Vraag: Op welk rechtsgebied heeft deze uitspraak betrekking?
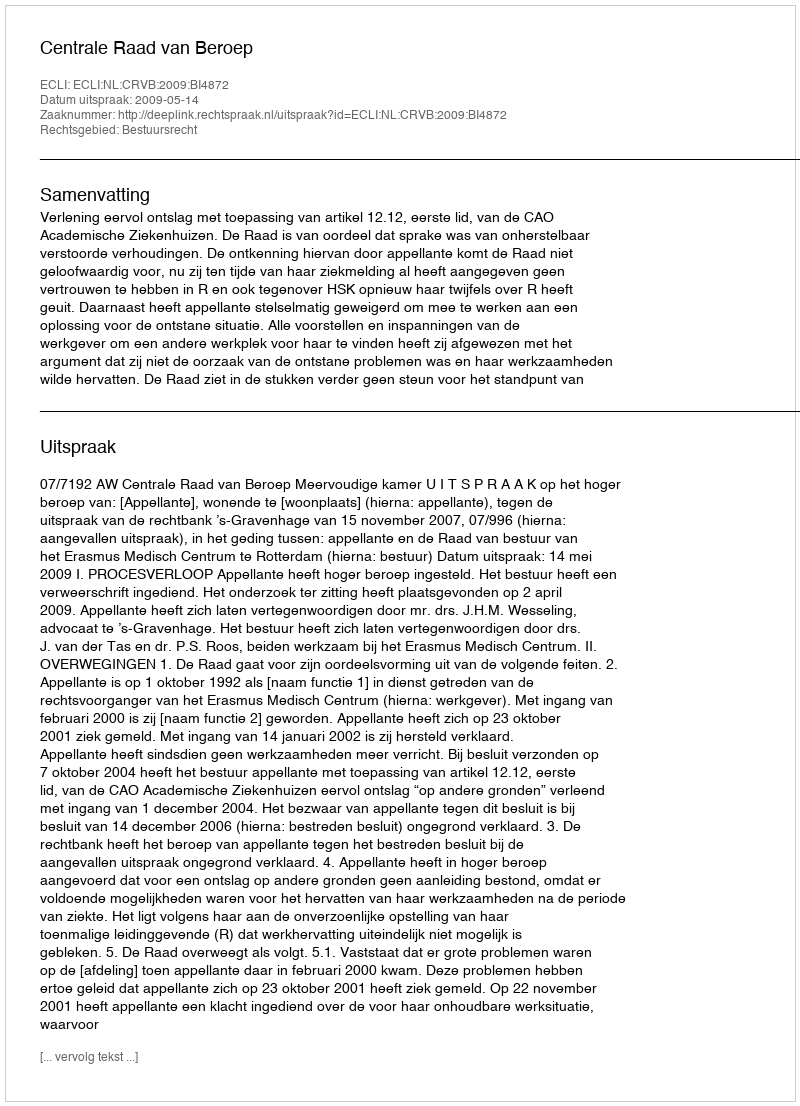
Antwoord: Bestuursrecht